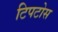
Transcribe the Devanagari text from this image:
टिपटोस